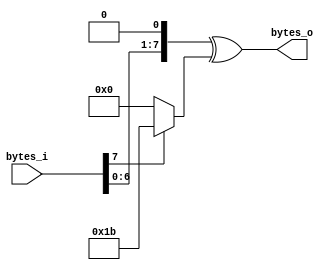
//********************************* DO NOT DELETE **************************************************
// Copyright (c) 2014 Intelligent Machineries International (Pvt) Ltd - (IMI) 
// All Rights Reserved.
//
// THIS FILE MAY NOT BE MODIFIED OR REDISTRIBUTED WITHOUT THE EXPRESSED WRITTEN CONSENT OF IMI.
// THIS COPYRIGHT STATEMENTS MUST NEVER BE REMOVED FROM THIS FILE.
//
// Machineries International (Pvt) Ltd.               web  : http://www.intelligentmachineries.com
// 252/4, Horana Rd., Miriswatta,                     email: info@intelligentmachineries.com
// Piliyandala, 10300, Sri Lanka
//  
//********************************* DO NOT DELETE **************************************************
// Date Last Modified: Oct 31 2014
//
// Target Device   : <target device if aplicable>     eg: Xilinx Spartan-6 LX45 
// Target Platform : <target platform if aplicable>   eg: Atlys Spartan-6 FPGA Development Board
// Target Tool     : <tool(s) used if aplicable>      eg: ISE 12.1 sp1
// Libraries used  : <library if any>                 eg: UNISIM 
// 
// Revision History: 
//  Revision   Date        Author               Description
//  --------   ----        ------               -----
//  0.1        2015/02/13  Anusha Manoj         First created 
// End Revision
//
//**************************************************************************************************
// Project/Product : AES Encryption
// Description     : Advanced Encryption System Hardware implementaton
//                     module- mult2
// Dependencies    : 
// References      : 
//
//**************************************************************************************************
   
`timescale 1ns / 1ps

module mult2(
   
   bytes_o,

   bytes_i,

);

//----------------------------------------------------------------------------------------------------------------------
// Global constant and function headers
//----------------------------------------------------------------------------------------------------------------------


//----------------------------------------------------------------------------------------------------------------------
// parameter definitions
//----------------------------------------------------------------------------------------------------------------------

   parameter                           DATA_WIDTH          = 8;

//----------------------------------------------------------------------------------------------------------------------
// localparam definitions
//----------------------------------------------------------------------------------------------------------------------
 
    
//----------------------------------------------------------------------------------------------------------------------
// I/O signals
//----------------------------------------------------------------------------------------------------------------------


   


   input  [DATA_WIDTH-1:0]         bytes_i;

   output [DATA_WIDTH-1:0]         bytes_o;




//---------------------------------------------------------------------------------------------------------------------
// Internal wires and registers
//---------------------------------------------------------------------------------------------------------------------



//---------------------------------------------------------------------------------------------------------------------
// Implmentation
//---------------------------------------------------------------------------------------------------------------------


`ifdef INITIALIZATION
   initial begin

   end
`endif

   assign bytes_o = (bytes_i << 1) ^ (bytes_i[7] ? 8'h1b : 0);

      
endmodule